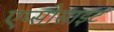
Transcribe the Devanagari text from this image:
एप्सोसाइट